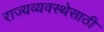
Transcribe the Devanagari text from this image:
राज्यव्यवस्थेसाठी